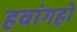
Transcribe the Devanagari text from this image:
हवांगहो